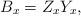
LaTeX: \begin{align*} B_x = Z_xY_x, \end{align*}